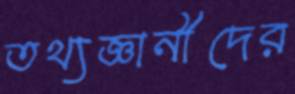
তথ্যজ্ঞানীদের